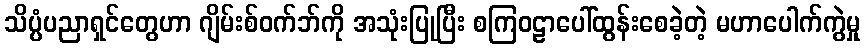
သိပ္ပံပညာရှင်တွေဟာ ဂျိမ်းစ်ဝက်ဘ်ကို အသုံးပြုပြီး စကြဝဠာပေါ်ထွန်းစေခဲ့တဲ့ မဟာပေါက်ကွဲမှု